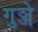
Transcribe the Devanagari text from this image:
गुञ्जे